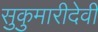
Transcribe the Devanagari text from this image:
सुकुमारीदेवी